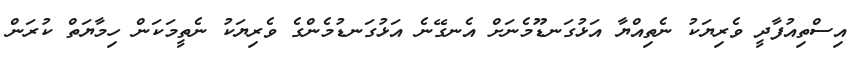
އިސްތިއުފާދީ ވެރިޔަކު ނެތިއްޔާ އަޅުގަނޑޫމެނަށް އެނގޭނެ އަޅުގަނޑުމެންގެ ވެރިޔަކު ނެތީމަކަން ހިމާޔަތް ކުރަން